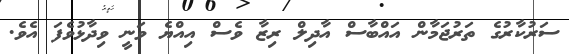
ސަރުކާރުގެ ތަރުޖަމާން އައްބާސް އާދިލް ރިޒާ ވެސް އިއްޔެ ވަނީ ވިދާޅުވެފަ އެވެ.